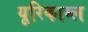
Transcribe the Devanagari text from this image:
यूरिकाम्ल